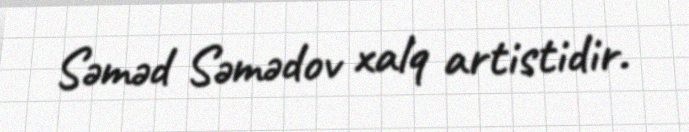
Səməd Səmədov xalq artistidir.